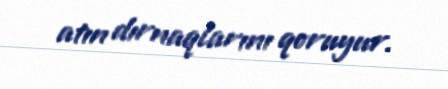
atın dırnaqlarını qoruyur.